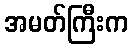
အမတ်ကြီးက